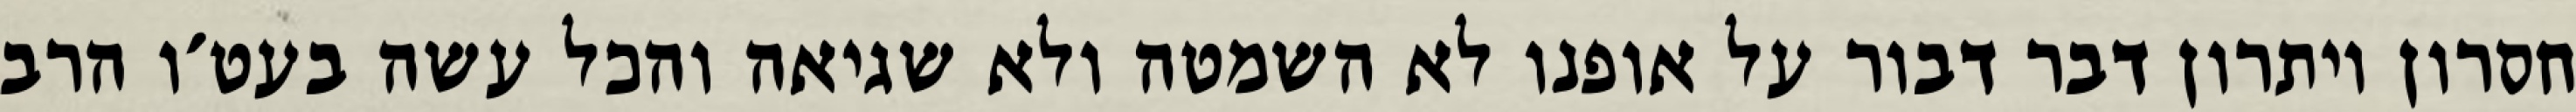
חסרון ויתרון דבר דבור על אופנו לא השמטה ולא שגיאה והכל עשה בעט׳ו הרב